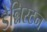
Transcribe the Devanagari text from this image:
डेन्निस्टन